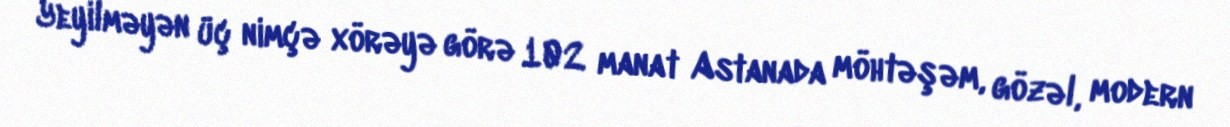
Yeyilməyən üç nimçə xörəyə görə 102 manat Astanada möhtəşəm, gözəl, modern